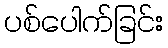
ပစ်ပေါက်ခြင်း